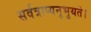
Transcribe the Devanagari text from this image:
सर्वत्राप्यनुभुयते।